65_HS1-834228961_62-HQ-83894_SUB_A
Agency: FBI
Page 90
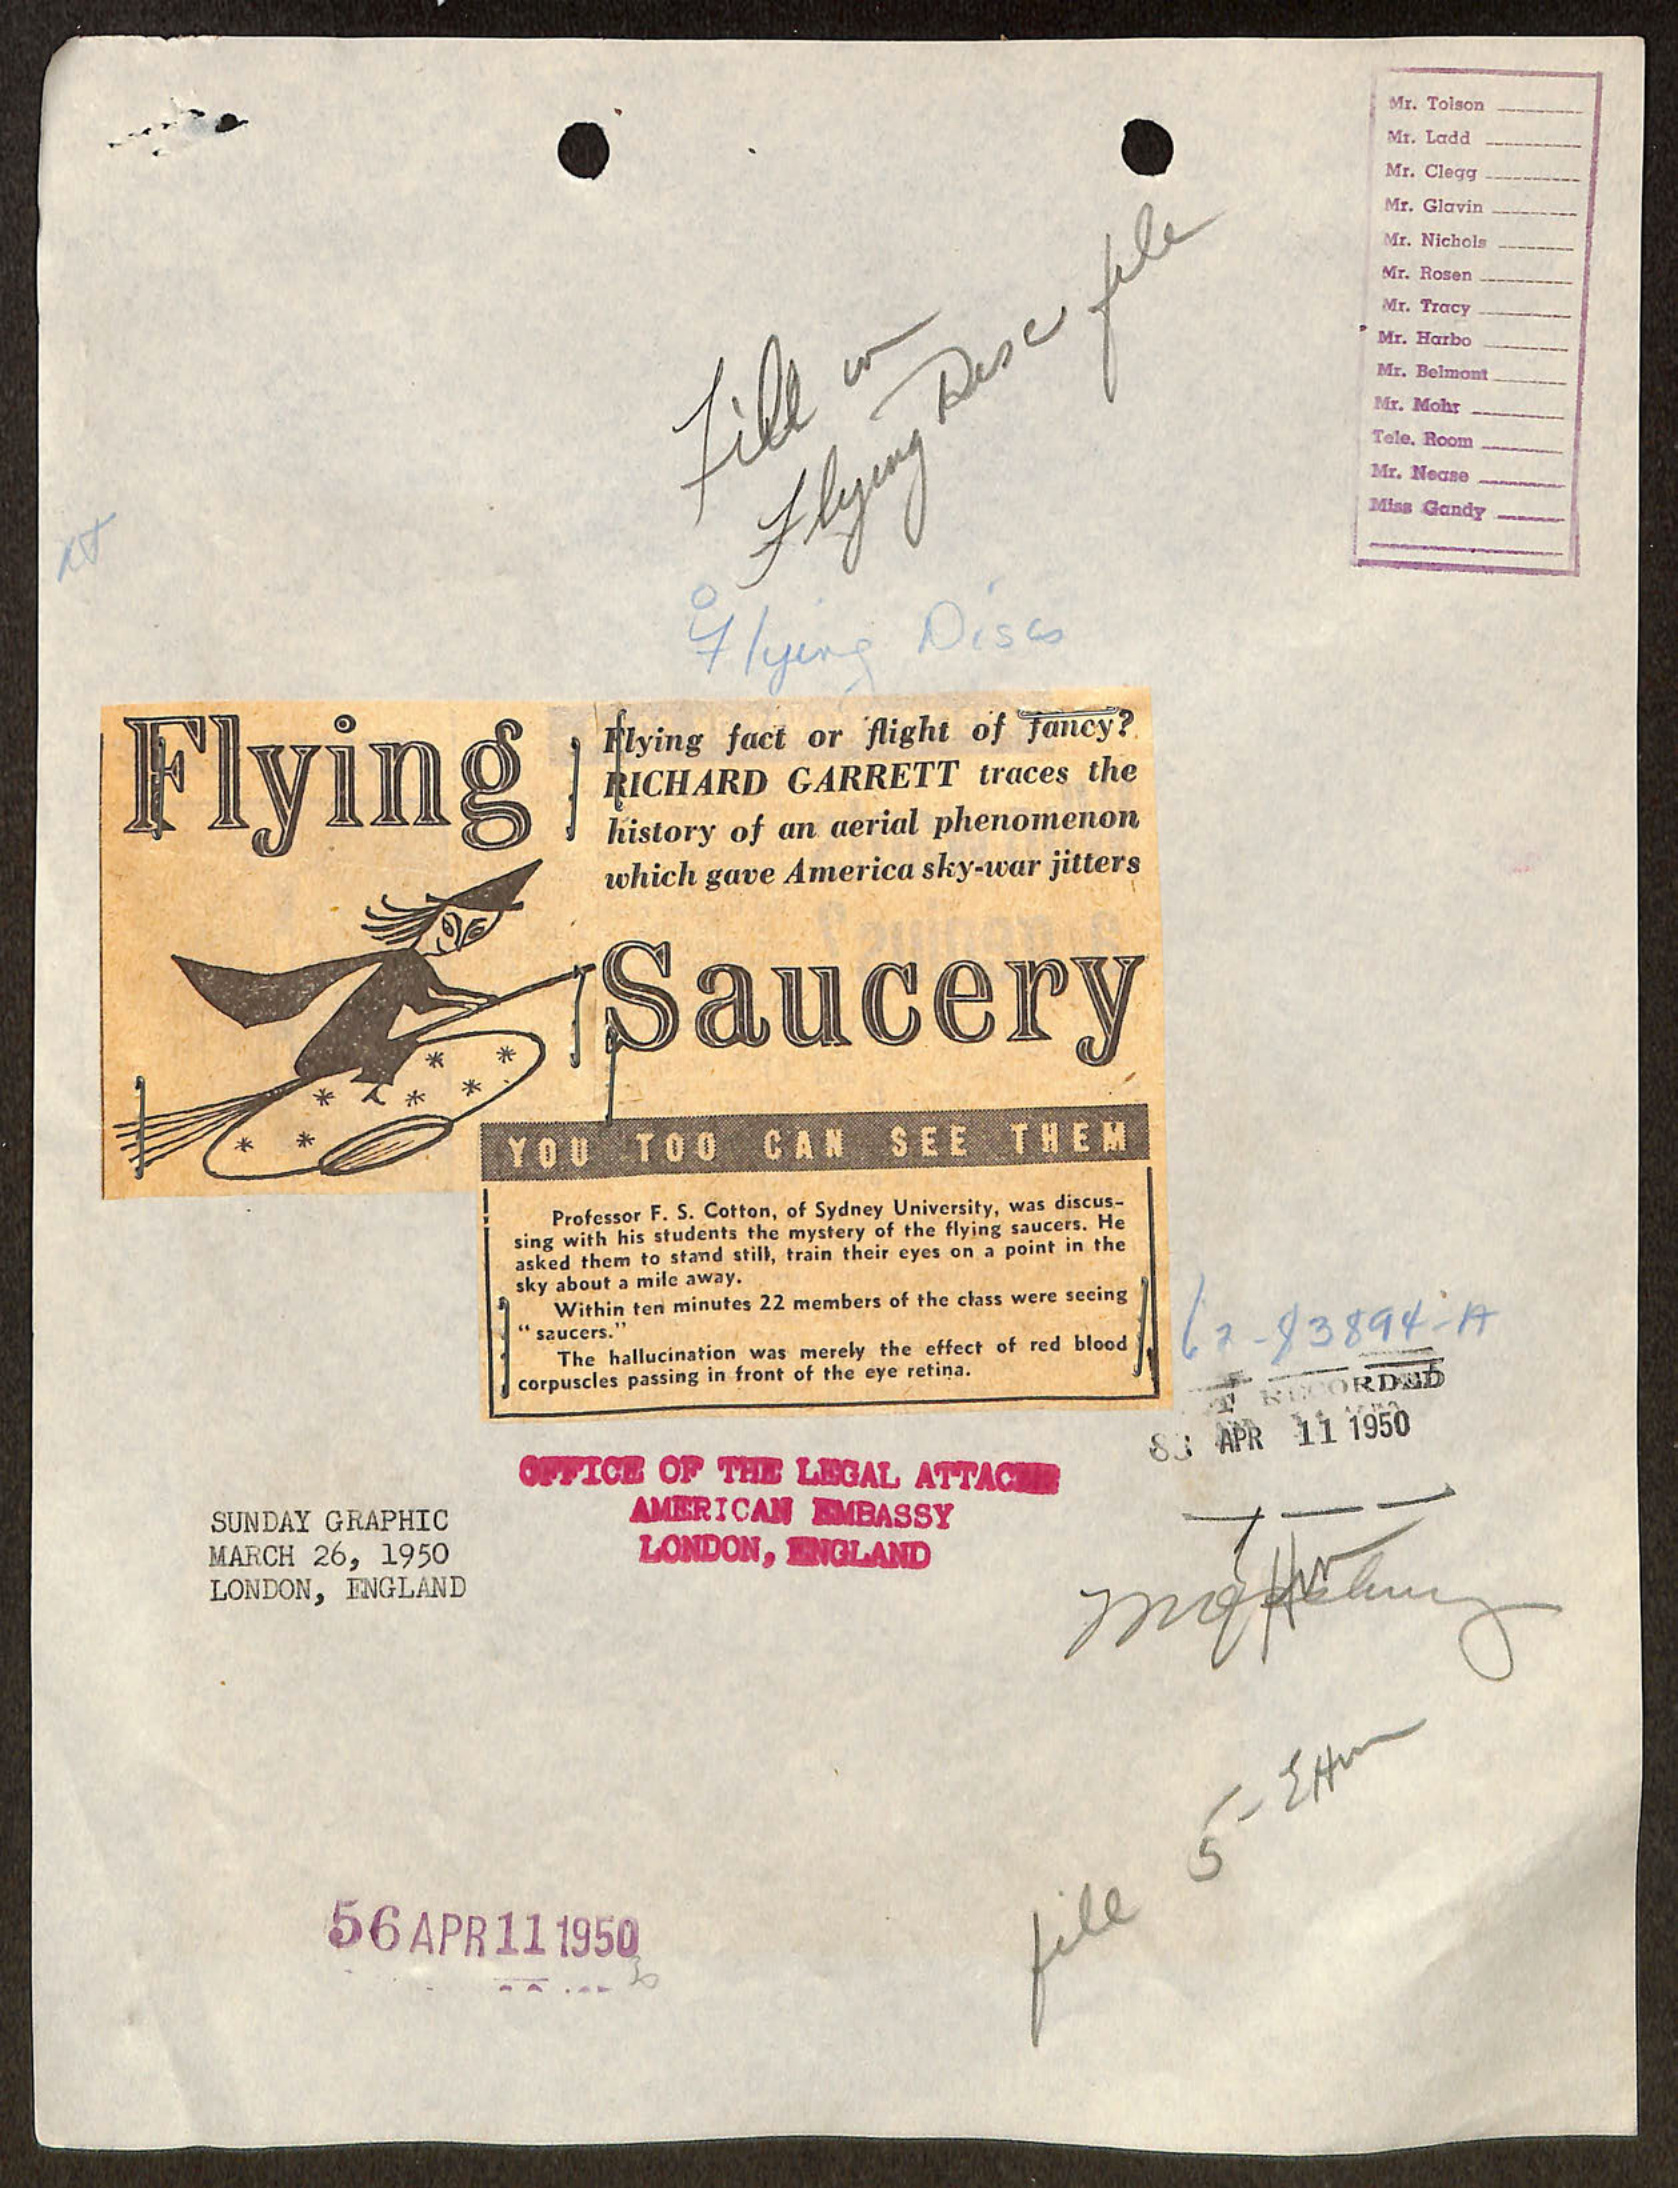